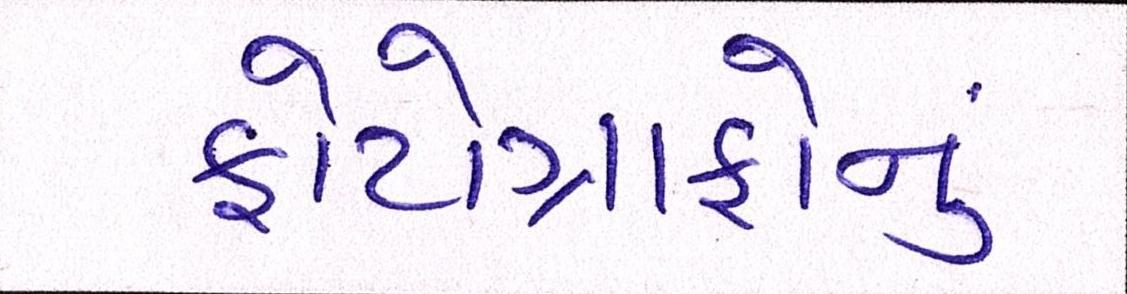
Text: ફોટોગ્રાફોનું